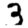
Digit: 3